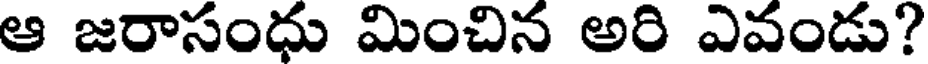
ఆ జరాసంధు మించిన అరి ఎవండు?